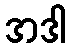
အဒါ